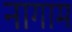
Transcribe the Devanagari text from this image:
नागाम